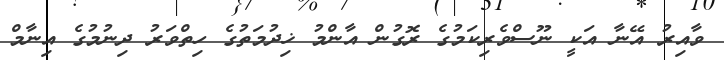
ވާއިރު އޭނާ އަކީ ނޫސްވެރިކަމުގެ ރޮގުން އާންމު ޚިދުމަތުގެ ހިތްވަރު ދިނުމުގެ އިނާމް